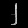
Digit: ၂